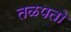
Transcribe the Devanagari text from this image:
तळपतो